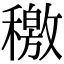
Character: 𥢹